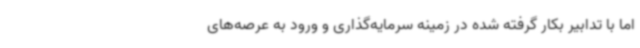
اما با تدابیر بکار گرفته شده در زمینه سرمایه‌گذاری و ورود به عرصه‌های